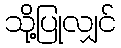
သို့ပြုလျှင်